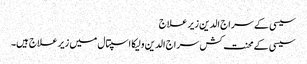
سیسی کے سراج الدین زیر علاج
سیسی کے محنت کش سراج الدین ولیکا اسپتال میں زیر علاج ہیں۔